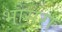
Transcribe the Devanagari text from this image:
भोसरा